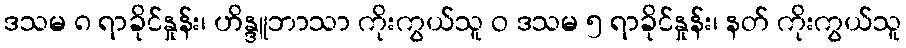
ဒသမ ၈ ရာခိုင်နှုန်း၊ ဟိန္ဒူဘာသာ ကိုးကွယ်သူ ဝ ဒသမ ၅ ရာခိုင်နှုန်း၊ နတ် ကိုးကွယ်သူ